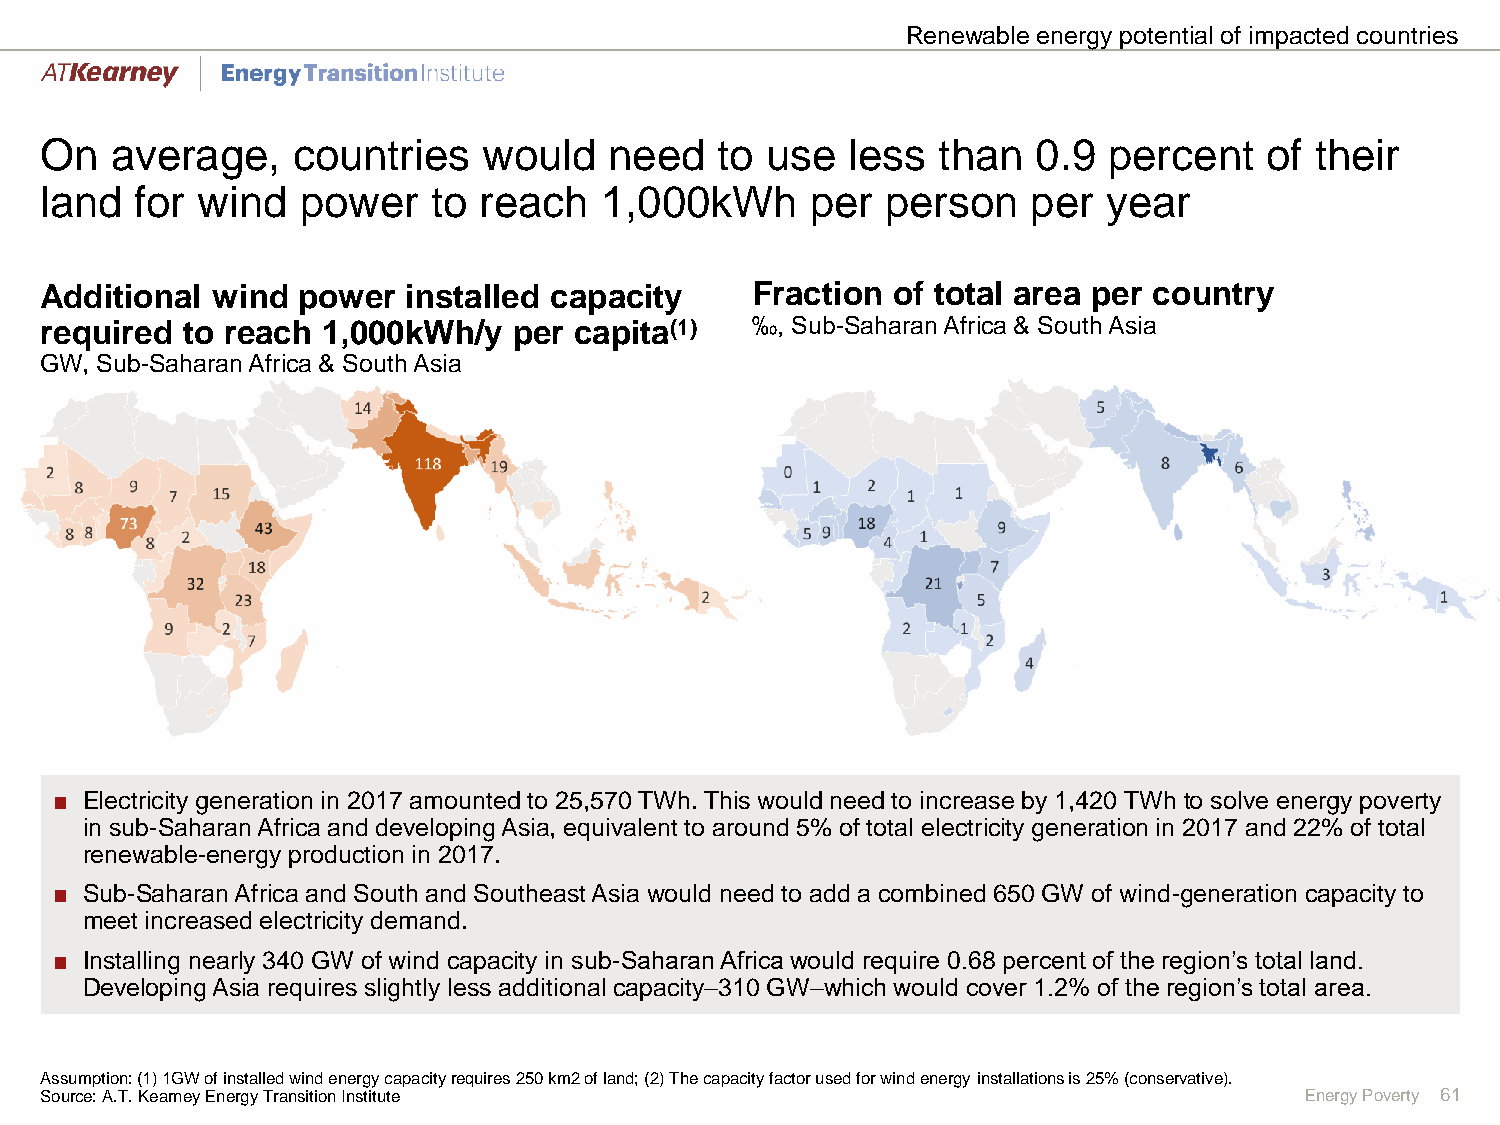
Renewable energy potential of impacted countries
 On  average,    countries    would   need   to  use  less  than   0.9 percent    of their
 land  for wind   power    to reach   1,000kWh      per  person   per  year
 Additional wind  power  installed capacity     Fraction of total area per country
 required to reach 1,000kWh/y   per capita(1)   ‰, Sub-Saharan Africa & South Asia
 GW, Sub-Saharan Africa & South Asia
 ■ Electricity generation in 2017 amounted to 25,570 TWh. This would need to increase by 1,420 TWhto solve energy poverty
 in sub-Saharan Africa and developing Asia, equivalent to around 5% of total electricity generation in 2017 and 22% of total
 renewable-energy production in 2017.
 ■ Sub-Saharan Africa and South and Southeast Asia would need to add a combined 650 GW of wind-generation capacity to
 meet increased electricity demand.
 ■ Installing nearly 340 GW of wind capacity in sub-Saharan Africa would require 0.68 percent of the region’s total land.
 Developing Asia requires slightly less additional capacity–310 GW–which would cover 1.2% of the region’s total area.
 Assumption: (1) 1GW of installed wind energy capacity requires 250 km2 of land; (2) The capacity factor used for wind energy installations is 25% (conservative).
 Source: A.T. Kearney Energy Transition Institute                                   Energy Poverty 61